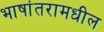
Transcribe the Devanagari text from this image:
भाषांतरामधील